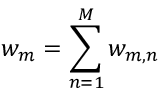
w _ { m } = \sum _ { n = 1 } ^ { M } w _ { m , n }